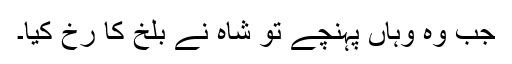
جب وہ وہاں پہنچے تو شاہ نے بلخ کا رخ کیا۔